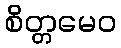
စိတ္တမေဝ